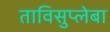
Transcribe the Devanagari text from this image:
ताविसुप्लेबा